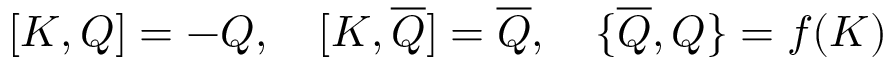
{ [ } K , Q { ] } = - Q , \quad { [ } K , \overline { { { Q } } } { ] } = \overline { { { Q } } } , \quad { \{ } \overline { { { Q } } } , Q { \} } = f ( K )